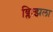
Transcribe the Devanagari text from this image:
ब्लित्झला